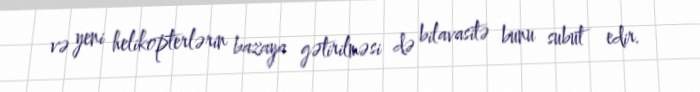
və yeni helikopterlərin bazaya gətirilməsi də bilavasitə bunu subut edir.